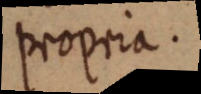
propria.